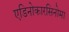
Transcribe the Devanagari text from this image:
एडिनोकारसिनोमा